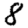
Digit: 8